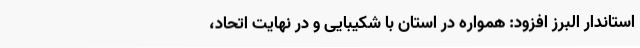
استاندار البرز افزود: همواره در استان با شکیبایی و در نهایت اتحاد،